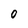
Character: 0